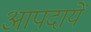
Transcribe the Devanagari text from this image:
आपदायें